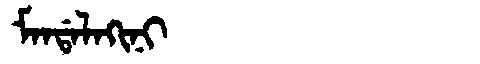
Manchu: ᠮᠠᠨᡩᠠᠯᠠᡴᡳᠨᡳ
Romanization: MANDALAKINI